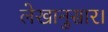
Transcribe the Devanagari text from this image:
लेखानुसार।